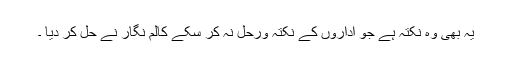
یہ بھی وہ نکتہ ہے جو اداروں کے نکتہ ورحل نہ کر سکے کالم نگار نے حل کر دیا ۔